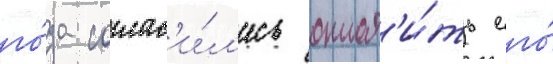
го́да соглас'и́л'ись оплат'и́ть его́